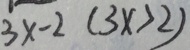
3 x - 2 ( 3 x > 2 )